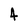
Character: 4